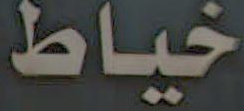
خياط